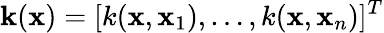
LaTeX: \mathbf{k}(\mathbf{x})=[k(\mathbf{x},\mathbf{x}_{1}),\dots,k(\mathbf{x},\mathbf{x}_{n})]^{T}